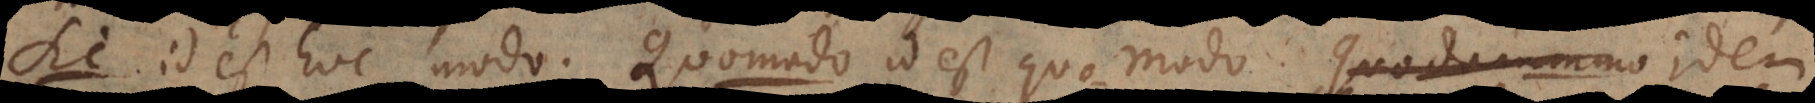
Sic id est hoc modo. Quomodo id est quo modo. Idem est de